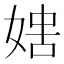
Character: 𡞐